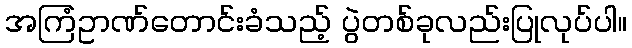
အကြံဥာဏ်တောင်းခံသည့် ပွဲတစ်ခုလည်းပြုလုပ်ပါ။